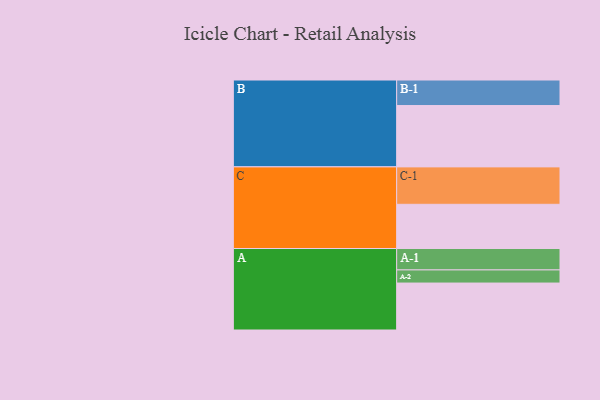
{"axis": {"x": "Segment", "y": "Value"}, "legend": ["", "A", "B", "C"], "data": [{"x": "A", "y": 375, "type": ""}, {"x": "B", "y": 490, "type": ""}, {"x": "C", "y": 353, "type": ""}, {"x": "A-1", "y": 171, "type": "A"}, {"x": "A-2", "y": 105, "type": "A"}, {"x": "B-1", "y": 204, "type": "B"}, {"x": "C-1", "y": 299, "type": "C"}]}